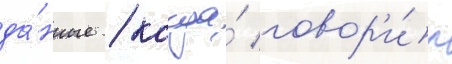
да́нные / когда́ говор'и́л